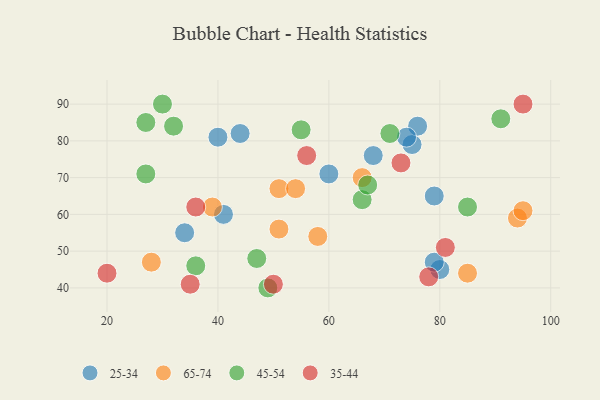
{"axis": {"x": "GDP", "y": "Life Expectancy"}, "legend": ["25-34", "35-44", "45-54", "65-74"], "data": [{"x": "40", "y": 81, "type": "25-34"}, {"x": "79", "y": 65, "type": "25-34"}, {"x": "60", "y": 71, "type": "25-34"}, {"x": "80", "y": 45, "type": "25-34"}, {"x": "75", "y": 79, "type": "25-34"}, {"x": "44", "y": 82, "type": "25-34"}, {"x": "76", "y": 84, "type": "25-34"}, {"x": "79", "y": 47, "type": "25-34"}, {"x": "41", "y": 60, "type": "25-34"}, {"x": "68", "y": 76, "type": "25-34"}, {"x": "34", "y": 55, "type": "25-34"}, {"x": "74", "y": 81, "type": "25-34"}, {"x": "51", "y": 67, "type": "65-74"}, {"x": "28", "y": 47, "type": "65-74"}, {"x": "66", "y": 70, "type": "65-74"}, {"x": "54", "y": 67, "type": "65-74"}, {"x": "58", "y": 54, "type": "65-74"}, {"x": "85", "y": 44, "type": "65-74"}, {"x": "51", "y": 56, "type": "65-74"}, {"x": "39", "y": 62, "type": "65-74"}, {"x": "94", "y": 59, "type": "65-74"}, {"x": "95", "y": 61, "type": "65-74"}, {"x": "55", "y": 83, "type": "45-54"}, {"x": "71", "y": 82, "type": "45-54"}, {"x": "85", "y": 62, "type": "45-54"}, {"x": "32", "y": 84, "type": "45-54"}, {"x": "27", "y": 85, "type": "45-54"}, {"x": "91", "y": 86, "type": "45-54"}, {"x": "27", "y": 71, "type": "45-54"}, {"x": "47", "y": 48, "type": "45-54"}, {"x": "66", "y": 64, "type": "45-54"}, {"x": "30", "y": 90, "type": "45-54"}, {"x": "36", "y": 46, "type": "45-54"}, {"x": "49", "y": 40, "type": "45-54"}, {"x": "67", "y": 68, "type": "45-54"}, {"x": "81", "y": 51, "type": "35-44"}, {"x": "73", "y": 74, "type": "35-44"}, {"x": "95", "y": 90, "type": "35-44"}, {"x": "56", "y": 76, "type": "35-44"}, {"x": "35", "y": 41, "type": "35-44"}, {"x": "50", "y": 41, "type": "35-44"}, {"x": "36", "y": 62, "type": "35-44"}, {"x": "78", "y": 43, "type": "35-44"}, {"x": "20", "y": 44, "type": "35-44"}]}